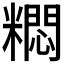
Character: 𫃐